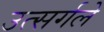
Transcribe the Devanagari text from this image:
उत्सर्गले